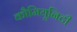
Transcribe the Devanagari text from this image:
कौमियूनिटी